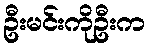
ဦးမင်းကိုဦးက